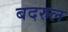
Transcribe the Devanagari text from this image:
बदरुल